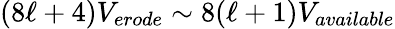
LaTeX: (8\ell+4)V_{erode}\sim 8(\ell+1)V_{available}